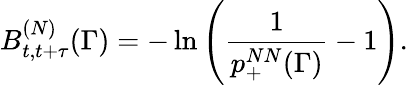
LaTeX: B_{t,t+\tau}^{(N)}(\Gamma)=-\ln\left(\frac{1}{p_{+}^{NN}(\Gamma)}-1\right).